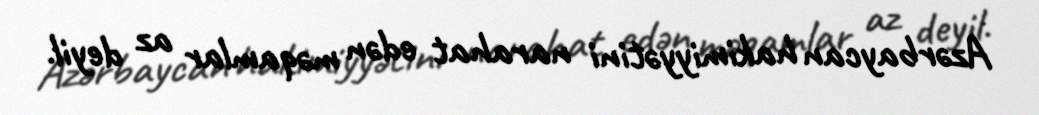
Azərbaycan hakimiyyətini narahat edən məqamlar az deyil.